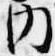
内